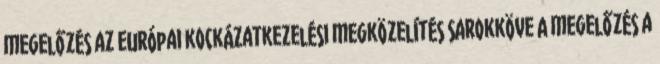
megelőzés az európai kockázatkezelési megközelítés sarokköve A megelőzés a